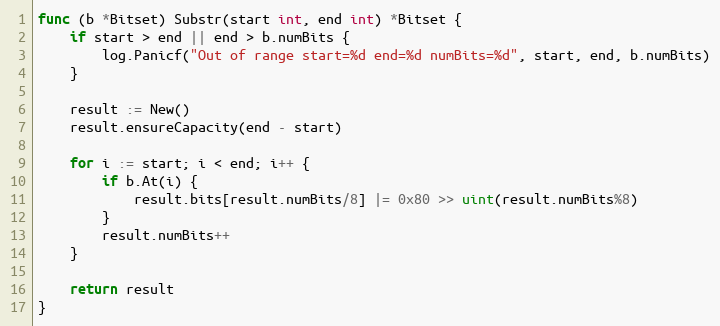
Language: Go
func (b *Bitset) Substr(start int, end int) *Bitset {
	if start > end || end > b.numBits {
		log.Panicf("Out of range start=%d end=%d numBits=%d", start, end, b.numBits)
	}

	result := New()
	result.ensureCapacity(end - start)

	for i := start; i < end; i++ {
		if b.At(i) {
			result.bits[result.numBits/8] |= 0x80 >> uint(result.numBits%8)
		}
		result.numBits++
	}

	return result
}